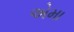
એમા